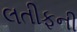
લતીફની